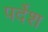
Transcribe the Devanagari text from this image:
पर्देश